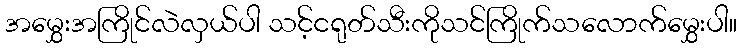
အမွှေးအကြိုင်လဲလှယ်ပါ သင့်ငရုတ်သီးကိုသင်ကြိုက်သလောက်မွှေးပါ။